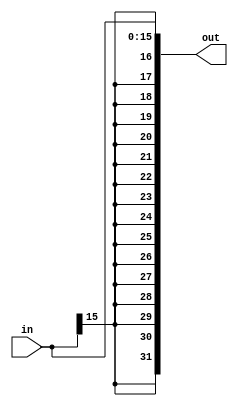
module sign_extention
#(parameter in_width=16,out_width=32)
(input [in_width-1:0] in,
output reg  [out_width-1:0] out 
);


always @ (*)begin
   out ={{in_width{in[in_width-1]}},in};
end
endmodule